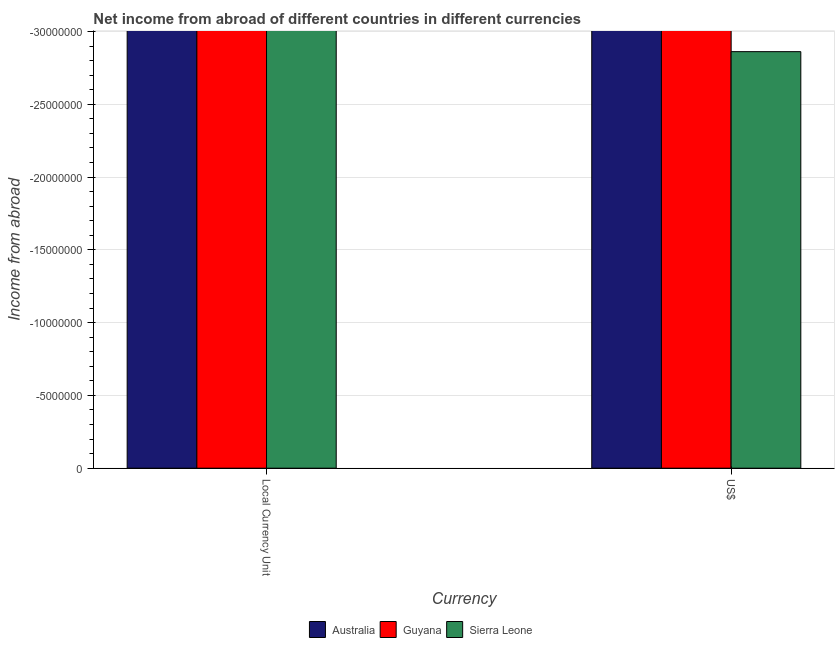
| Currency | Australia | Guyana | Sierra Leone |
 | --- | --- | --- | --- |
 | Local Currency Unit | -5.71e+09 | -2.95e+08 | -1.46e+08 |
 | US$ | -4.38e+09 | -6.86e+07 | -2.86e+07 |